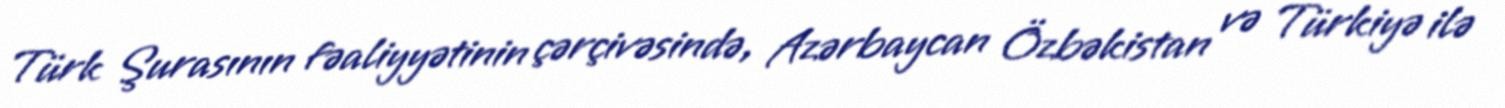
Türk Şurasının fəaliyyətinin çərçivəsində, Azərbaycan Özbəkistan və Türkiyə ilə